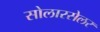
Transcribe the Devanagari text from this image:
सोलारसेलर